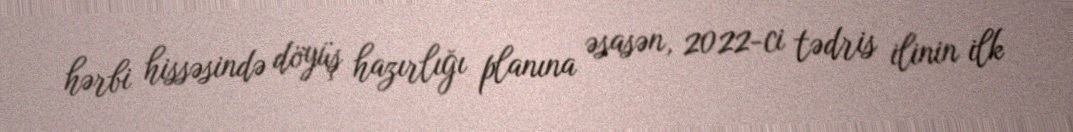
hərbi hissəsində döyüş hazırlığı planına əsasən, 2022-ci tədris ilinin ilk